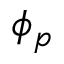
\phi _ { p }